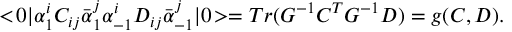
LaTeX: < \! 0 | \alpha _ { 1 } ^ { i } C _ { i j } \bar { \alpha } _ { 1 } ^ { j } \alpha _ { - 1 } ^ { i } D _ { i j } \bar { \alpha } _ { - 1 } ^ { j } | 0 \! > = T r ( G ^ { - 1 } C ^ { T } G ^ { - 1 } D ) = g ( C , D ) .